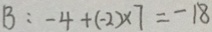
B : - 4 + ( - 2 ) \times 7 = - 1 8